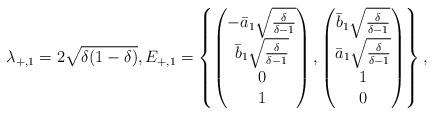
LaTeX: \begin{align*} \lambda_{+,1} = 2 \sqrt{\delta(1-\delta)}, E_{+,1} = \left\{ \begin{pmatrix}-\bar{a}_1 \sqrt{\frac{\delta}{\delta-1}} \\ \bar{b}_1 \sqrt{\frac{\delta}{\delta-1}} \\ 0 \\1\end{pmatrix},\begin{pmatrix}\bar{b}_1 \sqrt{\frac{\delta}{\delta-1}} \\ \bar{a}_1 \sqrt{\frac{\delta}{\delta-1}} \\ 1 \\0\end{pmatrix}\right\},\end{align*}